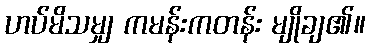
ဟပ်မိသမျှ ကမန်းကတန်း မျိုချ၏။